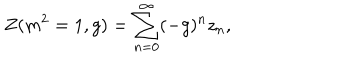
Z ( m ^ { 2 } = 1 , g ) = \sum _ { n = 0 } ^ { \infty } ( - g ) ^ { n } z _ { n } ,